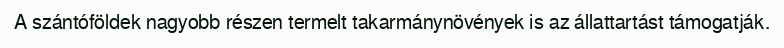
A szántóföldek nagyobb részen termelt takarmánynövények is az állattartást támogatják.